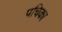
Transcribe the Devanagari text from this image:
पचिका